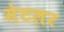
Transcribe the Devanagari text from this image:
मेटलर